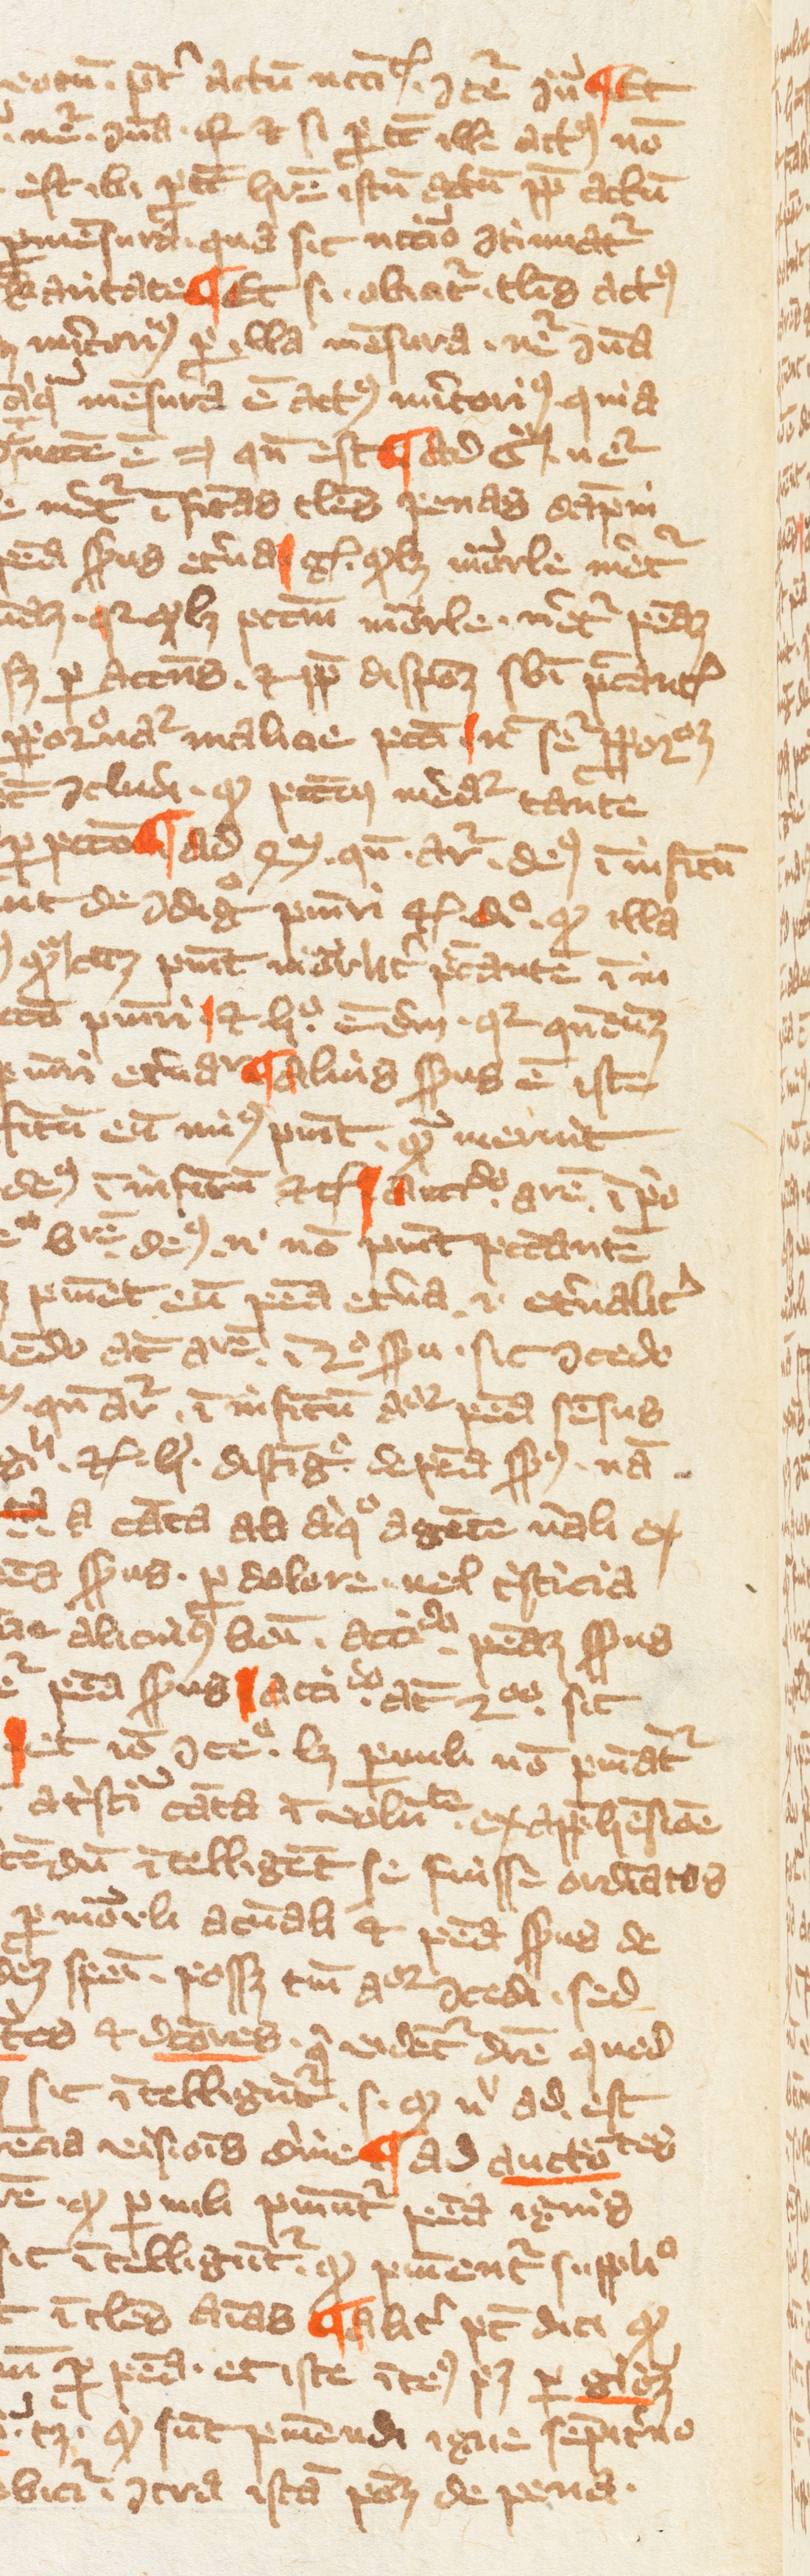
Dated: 1349–1364